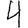
Digit: 4